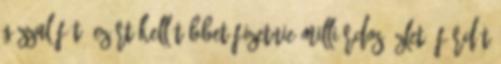
Gázzal fűt? Ezért kell többet fizetnie Milliárdos üzlet: fürdőt